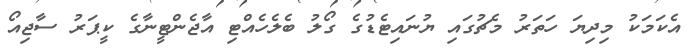
އެކަމަކު މިދިޔަ ހަތަރު މެޗުގައި ޔުނައިޓެޑުގެ ގޯލު ބެލެހެއްޓި އާޖެންޓީނާގެ ކީޕަރު ސާޖިއޯ